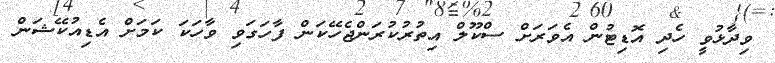
ވިދާޅުވީ ހެދި އޮޑިޓުން އެވަރަށް ސްކޫލް އިތުރުކުރަންޖެހޭކަން ފާހަގަވި ވާހަކަ ކަމަށް އެޑިއުކޭޝަން